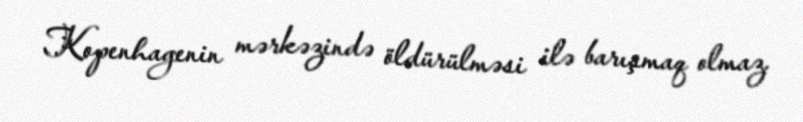
Kopenhagenin mərkəzində öldürülməsi ilə barışmaq olmaz.